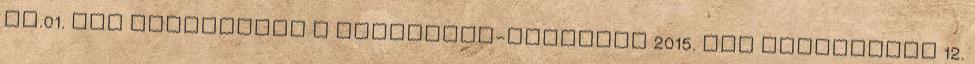
IV.01. ELŐ TERJESZTÉS a képviselő-testület 2015. évi munkaterve 12.